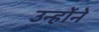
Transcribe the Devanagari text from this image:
उन्हाेंने